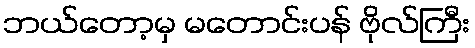
ဘယ်တော့မှ မတောင်းပန် ဗိုလ်ကြီး